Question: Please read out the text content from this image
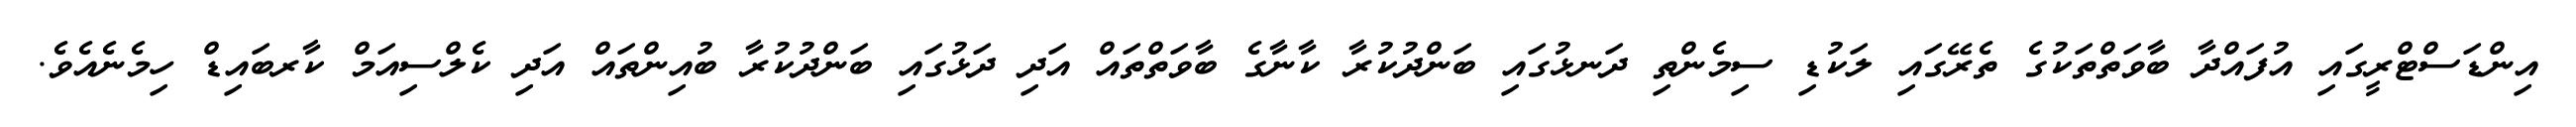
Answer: އިންޑަސްޓްރީގައި އުފައްދާ ބާވަތްތަކުގެ ތެރޭގައި ލަކުޑި ސިމެންތި ދަނޅުގައި ބަންދުކުރާ ކާނާގެ ބާވަތްތައް އަދި ދަޅުގައި ބަންދުކުރާ ބުއިންތައް އަދި ކެލްސިއަމް ކާރބައިޑް ހިމެނެއެވެ.